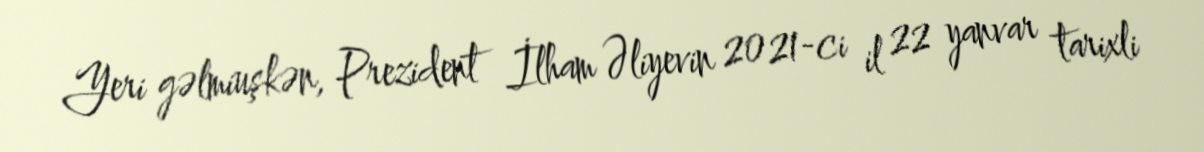
Yeri gəlmiuşkən, Prezident İlham Əliyevin 2021-ci il 22 yanvar tarixli